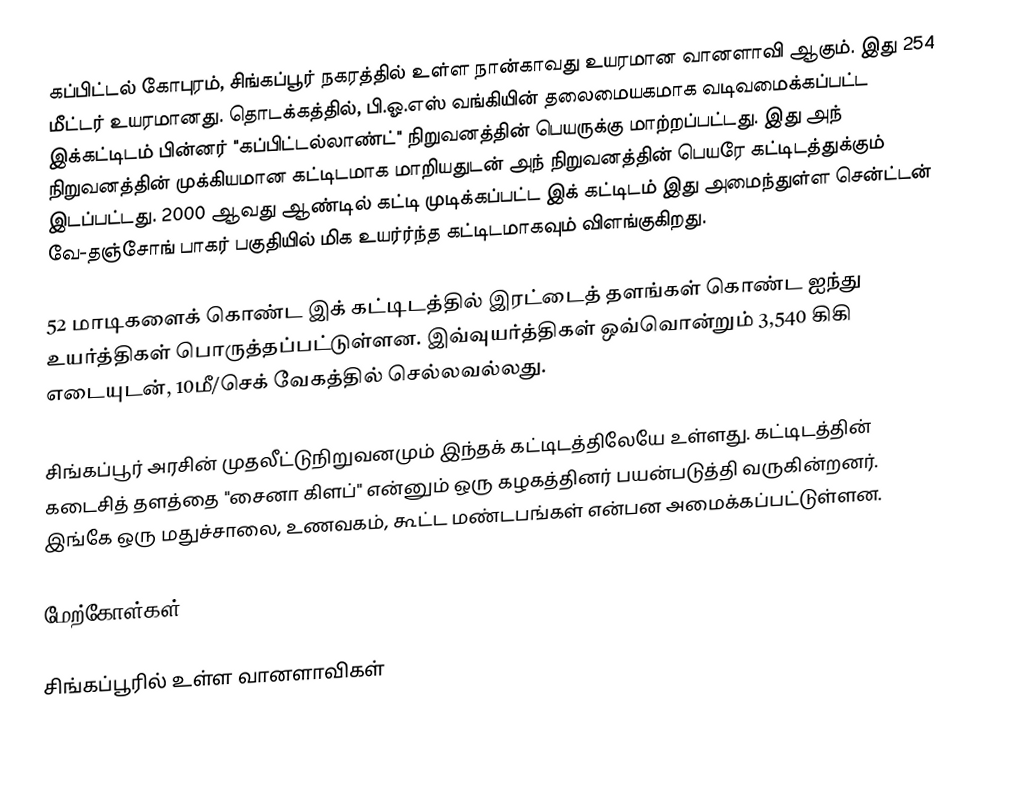
கப்பிட்டல் கோபுரம், சிங்கப்பூர் நகரத்தில் உள்ள நான்காவது உயரமான வானளாவி ஆகும். இது 254 மீட்டர் உயரமானது. தொடக்கத்தில், பி.ஓ.எஸ் வங்கியின் தலைமையகமாக வடிவமைக்கப்பட்ட இக்கட்டிடம் பின்னர் "கப்பிட்டல்லாண்ட்" நிறுவனத்தின் பெயருக்கு மாற்றப்பட்டது. இது அந் நிறுவனத்தின் முக்கியமான கட்டிடமாக மாறியதுடன் அந் நிறுவனத்தின் பெயரே கட்டிடத்துக்கும் இடப்பட்டது. 2000 ஆவது ஆண்டில் கட்டி முடிக்கப்பட்ட இக் கட்டிடம் இது அமைந்துள்ள சென்ட்டன் வே-தஞ்சோங் பாகர் பகுதியில் மிக உயர்ர்ந்த கட்டிடமாகவும் விளங்குகிறது.

52 மாடிகளைக் கொண்ட இக் கட்டிடத்தில் இரட்டைத் தளங்கள் கொண்ட ஐந்து உயர்த்திகள் பொருத்தப்பட்டுள்ளன. இவ்வுயர்த்திகள் ஒவ்வொன்றும் 3,540 கிகி எடையுடன், 10மீ/செக் வேகத்தில் செல்லவல்லது.

சிங்கப்பூர் அரசின் முதலீட்டுநிறுவனமும் இந்தக் கட்டிடத்திலேயே உள்ளது. கட்டிடத்தின் கடைசித் தளத்தை "சைனா கிளப்" என்னும் ஒரு கழகத்தினர் பயன்படுத்தி வருகின்றனர். இங்கே ஒரு மதுச்சாலை, உணவகம், கூட்ட மண்டபங்கள் என்பன அமைக்கப்பட்டுள்ளன.

மேற்கோள்கள்

 சிங்கப்பூரில் உள்ள வானளாவிகள்